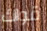
قواك